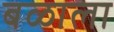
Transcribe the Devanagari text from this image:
बळाला